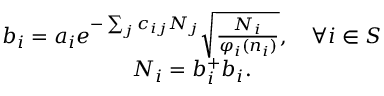
\begin{array} { c } { { b _ { i } = a _ { i } e ^ { - \sum _ { j } c _ { i j } N _ { j } } \sqrt { \frac { N _ { i } } { \varphi _ { i } ( n _ { i } ) } } , \quad \forall i \in S } } \\ { { N _ { i } = b _ { i } ^ { + } b _ { i } . } } \end{array}